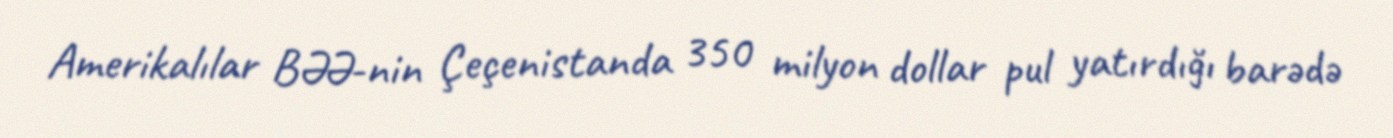
Amerikalılar BƏƏ-nin Çeçenistanda 350 milyon dollar pul yatırdığı barədə